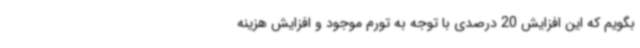
بگویم که این افزایش 20 درصدی با توجه به تورم موجود و افزایش هزینه